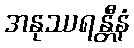
အနုဿရန္တီနံ